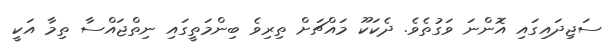
ސަޖިދަައިގައި އޮންނަ ވަގުތެވެ. ދެކަކޫ މައްޗަށް ތިރިވެ ބިންމަތީގައި ނިތްޖައްސާ ތިމާ އަކީ